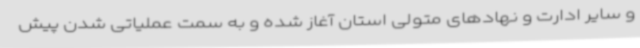
و سایر ادارت و نهادهای متولی استان آغاز شده و به سمت عملیاتی شدن پیش